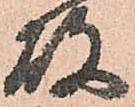
故